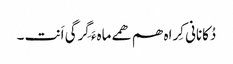
دُکانانی کِراہ ھم ھمے ماہءَ گِرگی اَنت ۔